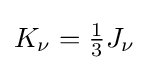
{\textstyle K_{\nu }={\frac {1}{3}}J_{\nu }}